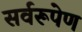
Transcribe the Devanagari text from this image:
सर्वरूपेण